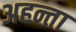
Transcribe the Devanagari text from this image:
अहन्ता